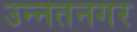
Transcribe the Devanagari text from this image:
उन्नतनगर